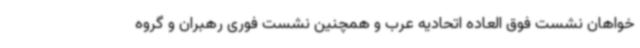
خواهان نشست فوق العاده اتحادیه عرب و همچنین نشست فوری رهبران و گروه